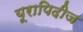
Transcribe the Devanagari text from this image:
यूरापिदीज